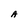
Character: A